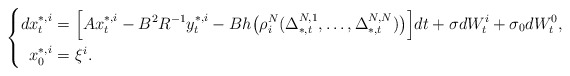
\begin{align*}\left\{\begin{aligned}dx_t^{*,i}=&~\Big[Ax_t^{*,i}-B^2R^{-1}y_t^{*,i}-Bh\big(\rho_i^N(\Delta^{N,1}_{*,t},\ldots,\Delta^{N,N}_{*,t})\big)\Big]dt+\sigma dW_t^i+\sigma_0dW^0_t,\\x^{*,i}_0=&~\xi^i.\end{aligned}\right.\end{align*}